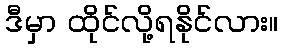
ဒီမှာ ထိုင်လို့ရနိုင်လား။